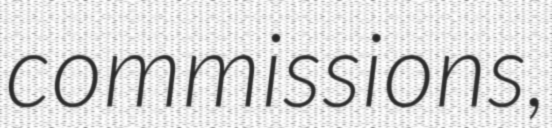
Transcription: commissions,